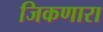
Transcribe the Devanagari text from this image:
जिकणारा